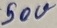
Text: 50V